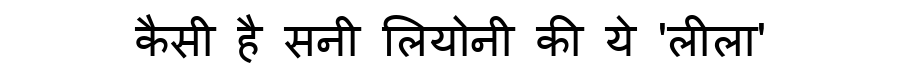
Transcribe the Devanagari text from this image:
कैसी है सनी लियोनी की ये 'लीला'